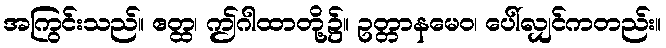
အကြွင်းသည်။ ဧတ္ထ၊ ဤဂါထာတို့၌။ ဥတ္တာနမေဝ၊ ပေါ်လျှင်ကတည်း။